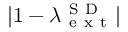
| 1 - \lambda _ { \mathrm { ~ e ~ x ~ t ~ } } ^ { \mathrm { ~ S ~ D ~ } } |